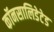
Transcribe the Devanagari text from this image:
कॉनसालिडेटेड